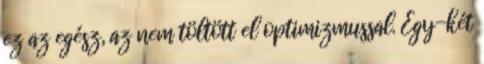
ez az egész, az nem töltött el optimizmussal. Egy-két